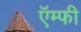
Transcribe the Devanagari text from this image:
ऍम्फी